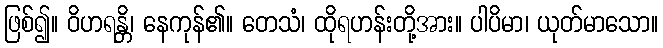
ဖြစ်၍။ ဝိဟရန္တိ၊ နေကုန်၏။ တေသံ၊ ထိုရဟန်းတို့အား။ ပါပိမာ၊ ယုတ်မာသော။